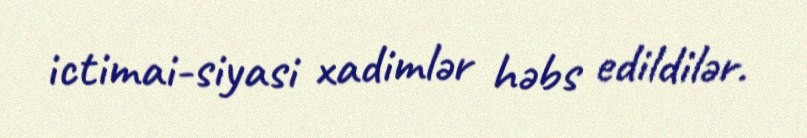
ictimai-siyasi xadimlər həbs edildilər.